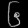
Digit: ၆